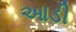
આડી